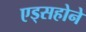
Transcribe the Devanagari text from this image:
एड्सहोने